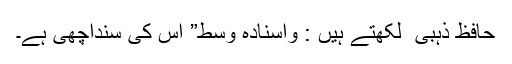
حافظ ذہبی ؒ لکھتے ہیں : واسنادہ وسط” اس کی سنداچھی ہے۔